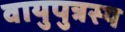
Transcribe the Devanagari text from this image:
वायुपुत्रस्य